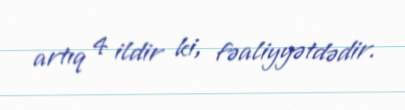
artıq 4 ildir ki, fəaliyyətdədir.